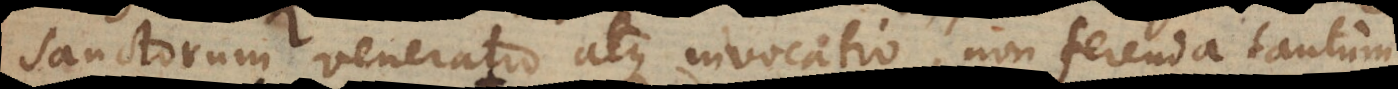
Sanctorum veneratio atque invocatio, non ferenda tantum